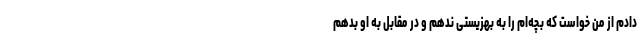
دادم از من خواست که بچه‌ام را به بهزیستی ندهم و در مقابل به او بدهم